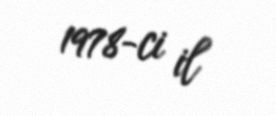
1978-ci il